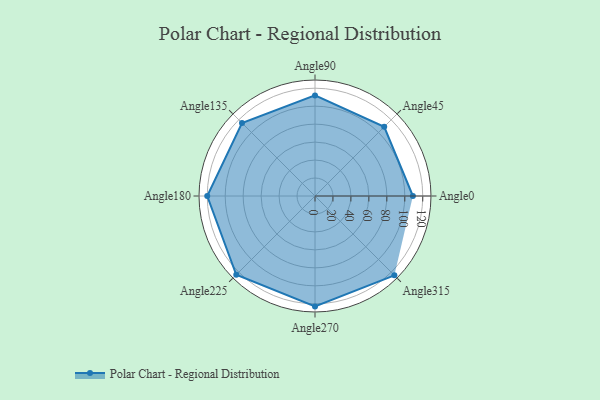
{"axis": {"x": "Angle", "y": "Radius"}, "legend": [""], "data": [{"x": "Angle0", "y": 109.0, "type": ""}, {"x": "Angle45", "y": 109.0, "type": ""}, {"x": "Angle90", "y": 112.0, "type": ""}, {"x": "Angle135", "y": 115.0, "type": ""}, {"x": "Angle180", "y": 120.0, "type": ""}, {"x": "Angle225", "y": 124.0, "type": ""}, {"x": "Angle270", "y": 123.0, "type": ""}, {"x": "Angle315", "y": 125.0, "type": ""}]}